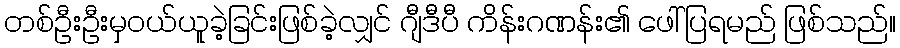
တစ်ဦးဦးမှဝယ်ယူခဲ့ခြင်းဖြစ်ခဲ့လျှင် ဂျီဒီပီ ကိန်းဂဏန်း၏ ဖေါ်ပြရမည် ဖြစ်သည်။